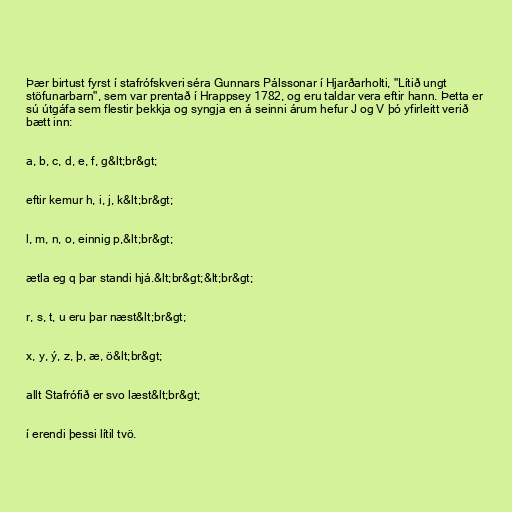
Þær birtust fyrst í stafrófskveri séra Gunnars Pálssonar í Hjarðarholti, "Lítið ungt
stöfunarbarn", sem var prentað í Hrappsey 1782, og eru taldar vera eftir hann. Þetta er
sú útgáfa sem flestir þekkja og syngja en á seinni árum hefur J og V þó yfirleitt verið
bætt inn:

a, b, c, d, e, f, g&lt;br&gt;

eftir kemur h, i, j, k&lt;br&gt;

l, m, n, o, einnig p,&lt;br&gt;

ætla eg q þar standi hjá.&lt;br&gt;&lt;br&gt;

r, s, t, u eru þar næst&lt;br&gt;

x, y, ý, z, þ, æ, ö&lt;br&gt;

allt Stafrófið er svo læst&lt;br&gt;

í erendi þessi lítil tvö.